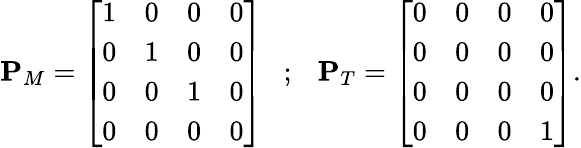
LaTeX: \begin{array}{r}{\mathbf{P}_{M}=\left[\begin{array}{cccc}{1}&{0}&{0}&{0}\\ {0}&{1}&{0}&{0}\\ {0}&{0}&{1}&{0}\\ {0}&{0}&{0}&{0}\end{array}\right]~~~;~~~\mathbf{P}_{T}=\left[\begin{array}{cccc}{0}&{0}&{0}&{0}\\ {0}&{0}&{0}&{0}\\ {0}&{0}&{0}&{0}\\ {0}&{0}&{0}&{1}\end{array}\right].}\end{array}